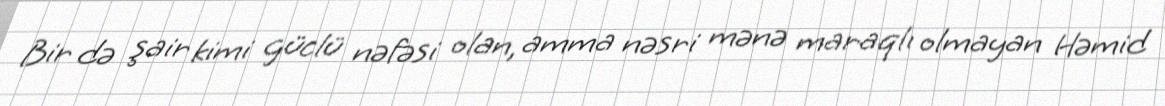
Bir də şair kimi güclü nəfəsi olan, amma nəsri mənə maraqlı olmayan Həmid